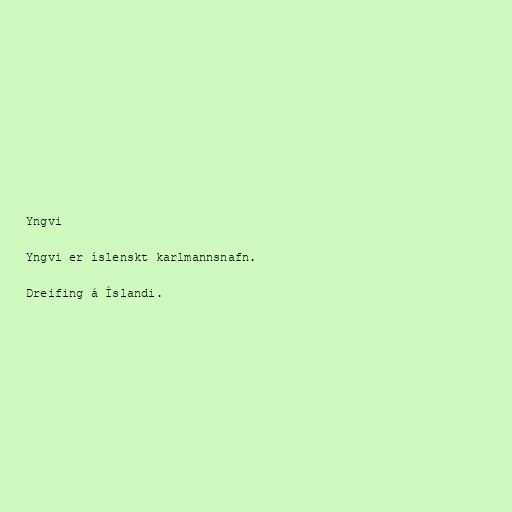
Yngvi

Yngvi er íslenskt karlmannsnafn.

Dreifing á Íslandi.